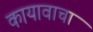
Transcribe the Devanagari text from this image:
कायावाचा